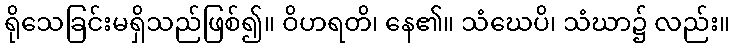
ရိုသေခြင်းမရှိသည်ဖြစ်၍။ ဝိဟရတိ၊ နေ၏။ သံဃေပိ၊ သံဃာ၌ လည်း။